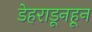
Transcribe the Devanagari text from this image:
डेहराडूनहून